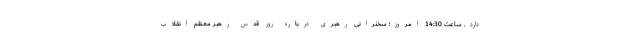
دارد. ساعت 14:30 امروز؛ سخنرانی رهبری درباره روز قدس رهبر معظم انقلاب